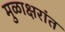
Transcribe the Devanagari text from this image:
मुळाक्षरांत